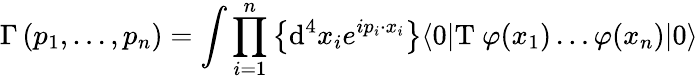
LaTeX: \Gamma\left(p_{1},\ldots,p_{n}\right)=\int\prod_{i=1}^{n}\left\{ \mathrm{d}^{4}x_{i}e^{ip_{i}\cdot x_{i}}\right\} \langle 0|\mathrm{T}\ \varphi(x_{1})\ldots\varphi(x_{n})|0\rangle